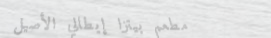
مطعم بيتزا إيطالي الأصيل